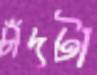
চাঁদটা